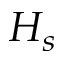
H _ { s }